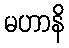
မဟာနိ